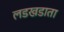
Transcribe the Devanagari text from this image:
लडखडाता